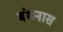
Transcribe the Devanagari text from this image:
बंधनास